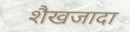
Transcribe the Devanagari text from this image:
शैखजादा